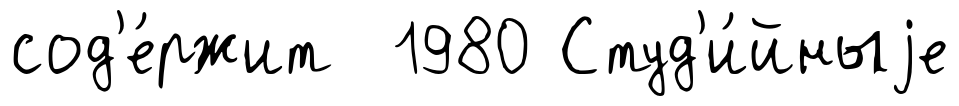
сод'е́ржит 1980 Студ'и́йныjе